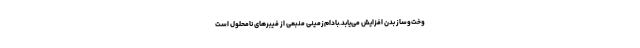
وخت‌وساز بدن افزایش می‌یابد.بادام‌زمینی منبعی از فیبرهای نامحلول است